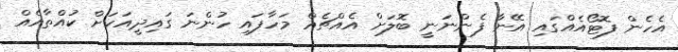
އެހެން ފޮޓޯއެއްގައި އޭނާ ފެންނަނީ ބޮލަށް އެއްޗެއް މަހާފައި ހުންނަ ގައިދީއަކަށް ކުއްތާއެއް